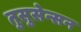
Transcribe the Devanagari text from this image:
तुसुसेन्सन